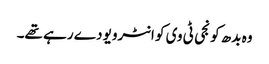
وہ بدھ کو نجی ٹی وی کو انٹرویو دے رہے تھے۔